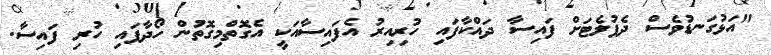
"އަޅުގަނޑުވެސް ދެފުލެޓަށް ފައިސާ ދައްކާފައި ހުރިއިރު އެފައިސާއަކީ އެގޮތްމިގޮތުން ހޯދާފައި ހުރި ފައިސާ.